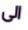
الى